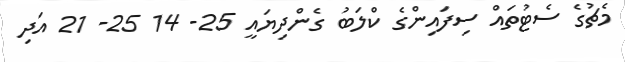
މެޗުގެ ސެޓުތައް ސިފައިންގެ ކްލަބު ގެންދިޔައީ 25- 14 25- 21 އަދި